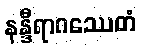
နန္ဒီရာဂဿေတံ